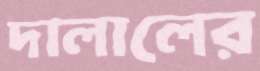
দালালের